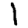
Digit: 1